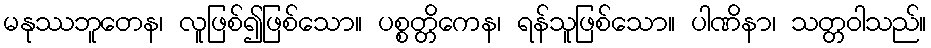
မနုဿဘူတေန၊ လူဖြစ်၍ဖြစ်သော။ ပစ္စတ္တိကေန၊ ရန်သူဖြစ်သော။ ပါဏိနာ၊ သတ္တဝါသည်။